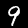
Label: 9